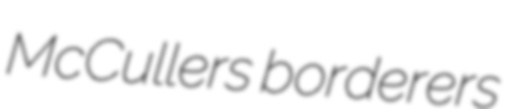
McCullers borderers